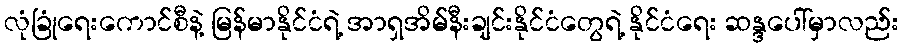
လုံခြုံရေးကောင်စီနဲ့ မြန်မာနိုင်ငံရဲ့ အာရှအိမ်နီးချင်းနိုင်ငံတွေရဲ့ နိုင်ငံရေး ဆန္ဒပေါ်မှာလည်း